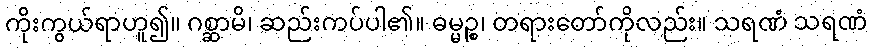
ကိုးကွယ်ရာဟူ၍။ ဂစ္ဆာမိ၊ ဆည်းကပ်ပါ၏။ ဓမ္မဉ္စ၊ တရားတော်ကိုလည်း။ သရဏံ သရဏံ